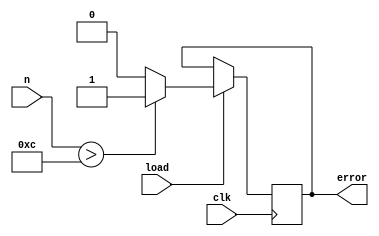
`timescale 1ns / 1ps

module error(
input load,
input clk,
input [3:0] n,
output reg error
    );
always@(posedge clk)
begin
if(load)
    begin
    if(n>12)
        begin
        error=1;
        end
    else
        begin
        error=0;
        end
    end
end     
endmodule